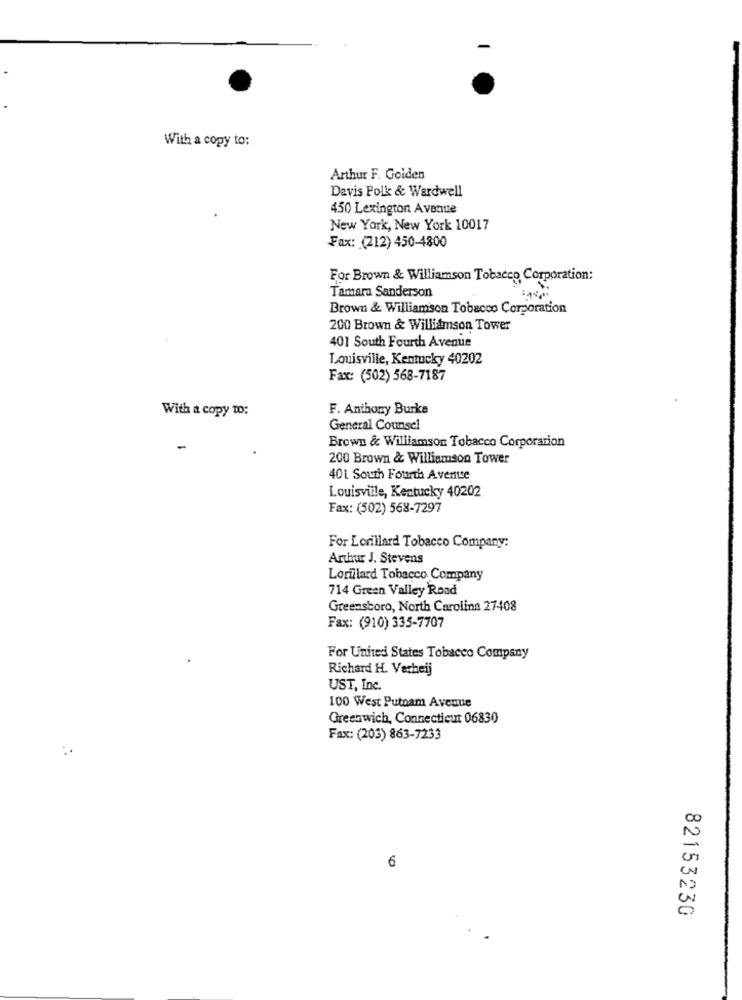
With a copy to:
Arthur F. Golden
Devis Polk & Wardwell
450 Lexington Avenue
New York, New York 10017
Fax: (212) 450-4800
For Brown & Williamson Tobacco Corporation:
Tamara Sanderson
Brown & Williamson Tobacco Corporation
200 Brown & Williamson Tower
401 South Fourth Avenue
Louisville, Kentucky 40202
Fax: (502) 568-7187
With a copy to:
F. Anthony Burke
General Counsel
Brown & Williamson Tobacco Corporation
200 Brown & Williamson Tower
401 South Fourth Avenue
Louisville, Kentucky 40202
Fax: (502) 568-7297
For Lorillard Tobacco Company:
Arthur J. Stevens
Lorillard Tobacco Company
714 Green Valley Road
Greensboro, North Carolina 27408
Fax: (910) 335-7707
For United States Tobacco Company
Richard H. Verheij
UST, Inc.
100 West Putnam Avenue
Greenwich, Connecticut 06830
Fax: (203) 863-7233
6
82153230